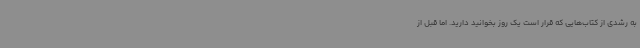
به‌ رشدی از کتاب‌هایی که قرار است یک روز بخوانید دارید. اما قبل از